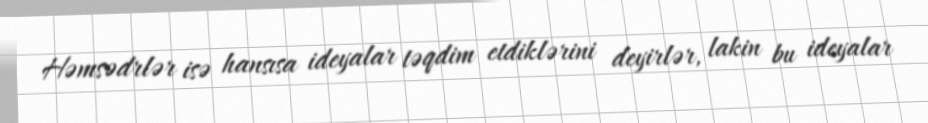
Həmsədrlər isə hansısa ideyalar təqdim etdiklərini deyirlər, lakin bu ideyalar